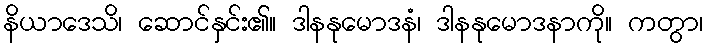
နိယာဒေသိ၊ ဆောင်နှင်း၏။ ဒါနနုမောဒနံ၊ ဒါနနုမောဒနာကို။ ကတွာ၊